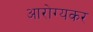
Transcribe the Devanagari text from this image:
आरोग्यकर